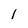
Character: 1